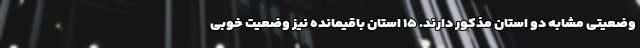
وضعیتی مشابه دو استان مذکور دارند. ۱۵ استان باقیمانده نیز وضعیت خوبی